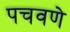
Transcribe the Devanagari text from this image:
पचवणे